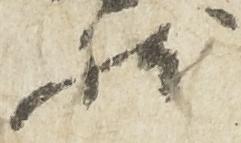
状